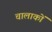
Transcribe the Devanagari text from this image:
चालाकों